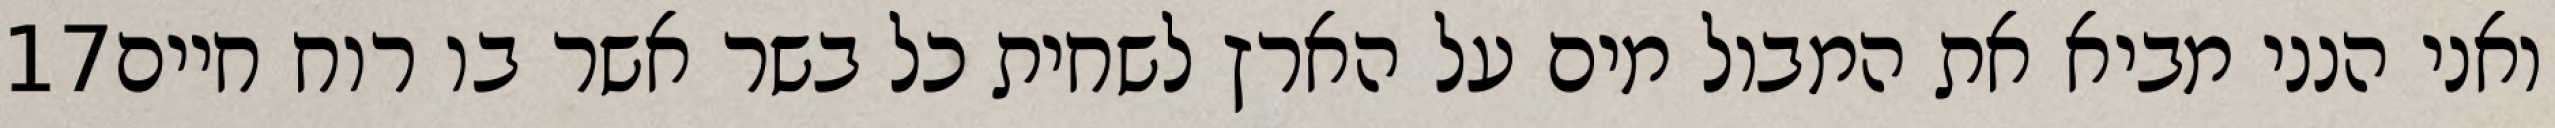
‎17‏ ואני הנני מביא את המבול מים על הארץ לשחית כל בשר אשר בו רוח חיים